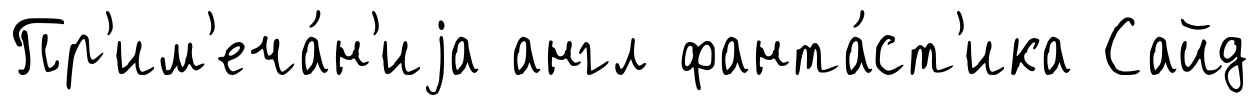
Пр'им'еча́н'иjа англ фанта́ст'ика Сайд